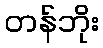
တန်ဘိုး